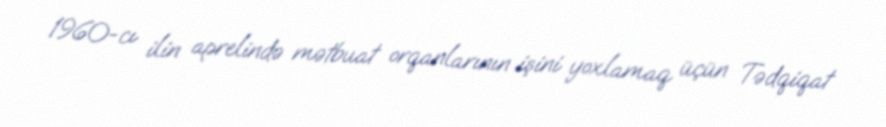
1960-cı ilin aprelində mətbuat orqanlarının işini yoxlamaq üçün Tədqiqat